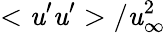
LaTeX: <\mathit{u}^{\prime}\mathit{u}^{\prime}>/\mathit{u}_{\infty}^{2}